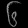
Digit: ၆